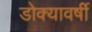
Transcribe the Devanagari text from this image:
डोक्यावर्षी